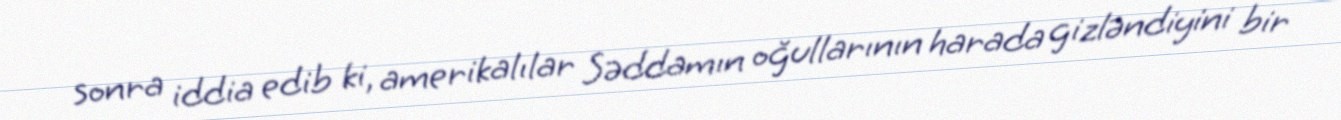
sonra iddia edib ki, amerikalılar Səddamın oğullarının harada gizləndiyini bir